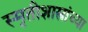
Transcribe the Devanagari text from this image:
स्मृतीशास्त्रांच्या